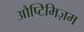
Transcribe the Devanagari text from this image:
औप्टिमिज़म